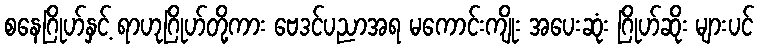
စနေဂြိုဟ်နှင့် ရာဟုဂြိုဟ်တို့ကား ဗေဒင်ပညာအရ မကောင်းကျိုး အပေးဆုံး ဂြိုဟ်ဆိုး များပင်